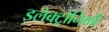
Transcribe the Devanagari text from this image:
इलेक्ट्रोनिकी